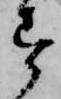
す